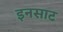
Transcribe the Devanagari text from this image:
इनसाट